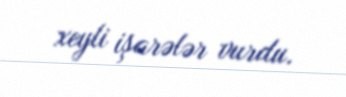
xeyli işarələr vurdu.